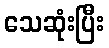
သေဆုံးပြီး